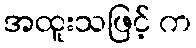
အထူးသဖြင့် က